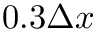
0 . 3 \Delta x